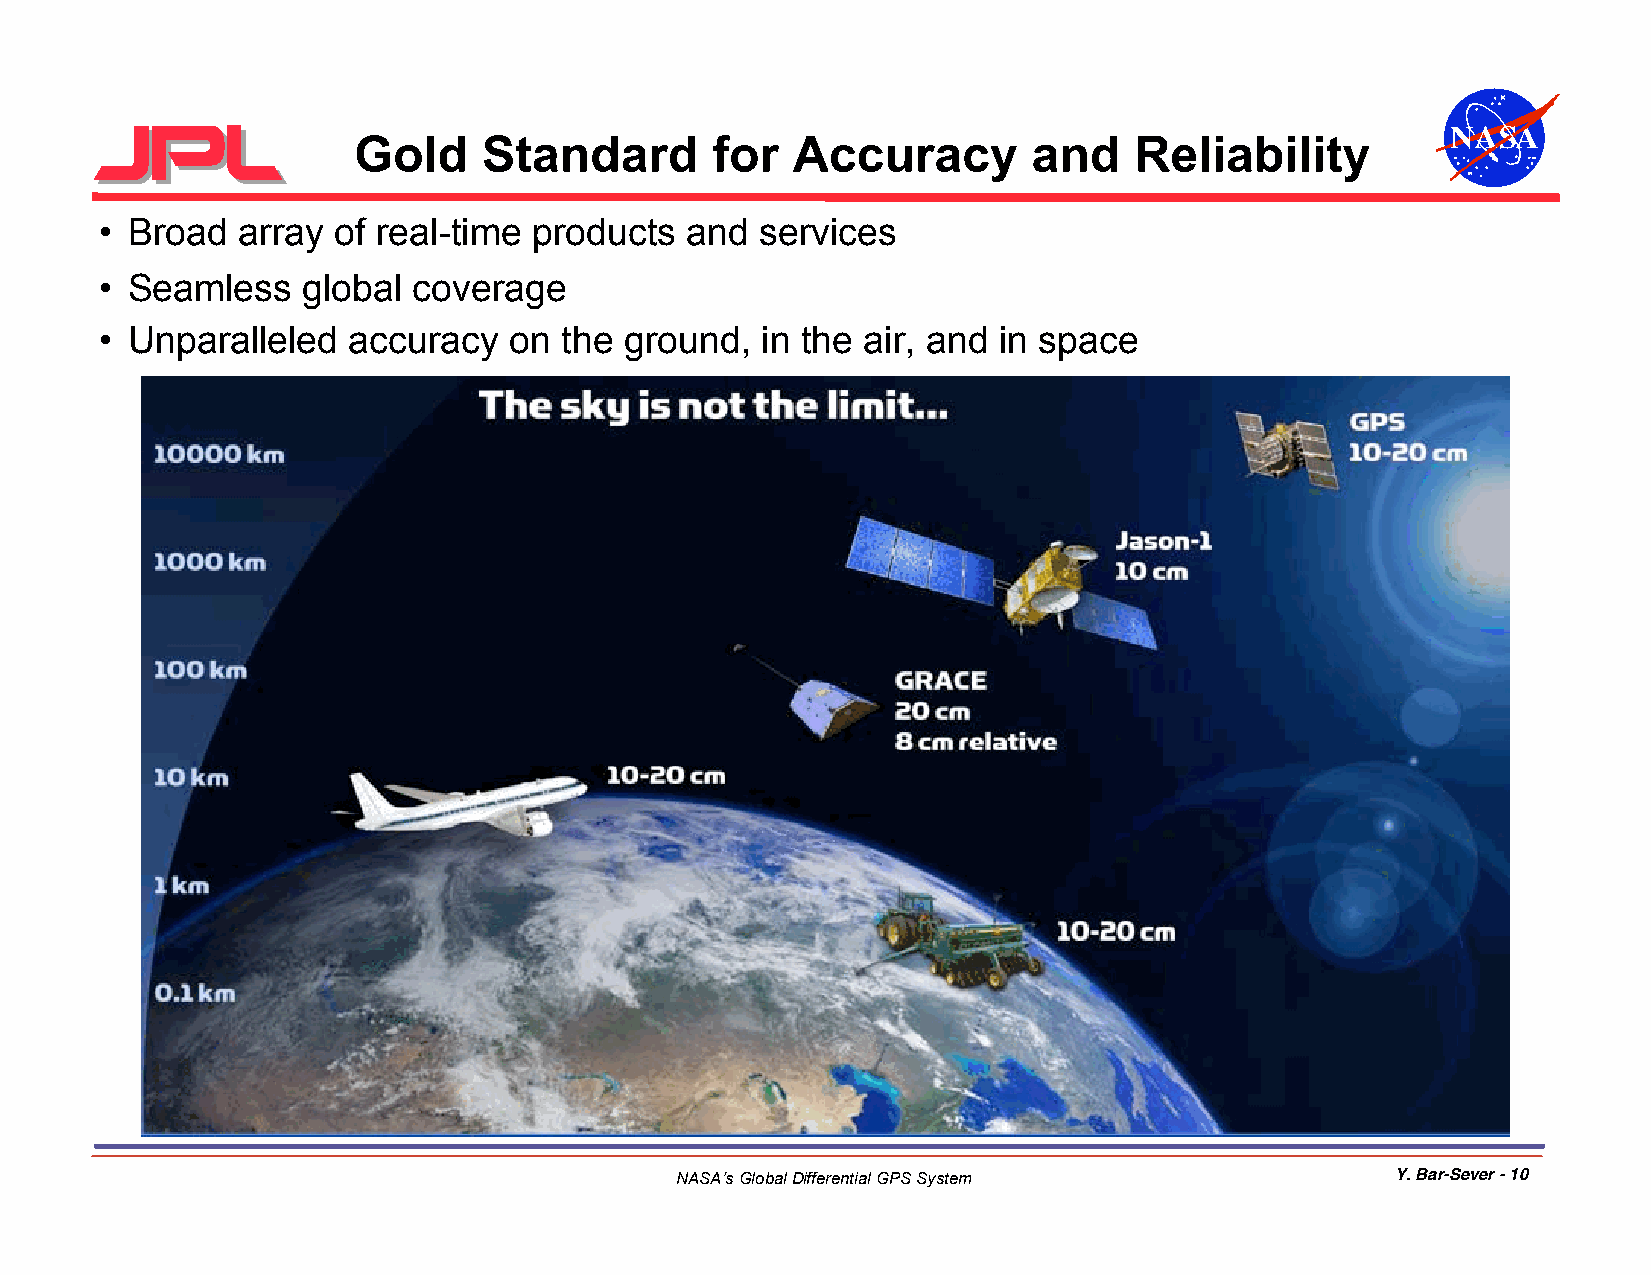
NASA
 Gold     Standard       for  Accuracy        and    Reliability
 • Broad  array of real-time products  and  services
 • Seamless   global coverage
 • Unparalleled  accuracy   on the ground,  in the air, and in space
 NASA’s Global Differential GPS System          Y. Bar-Sever - 10